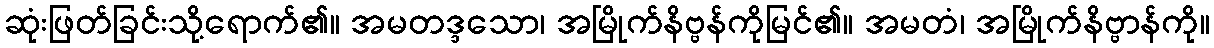
ဆုံးဖြတ်ခြင်းသို့ရောက်၏။ အမတဒ္ဒသော၊ အမြိုက်နိဗ္ဗန်ကိုမြင်၏။ အမတံ၊ အမြိုက်နိဗ္ဗာန်ကို။